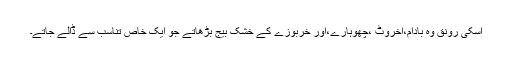
اسکی رونق وہ بادام،اخروٹ ،چھوہارے،اور خربوزے کے خشک بیج بڑھاتے جو ایک خاص تناسب سے ڈالے جاتے۔